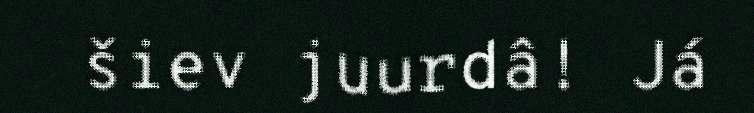
šiev juurdâ! Já